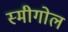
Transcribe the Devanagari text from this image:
स्मीगोल